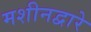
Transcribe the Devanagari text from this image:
मशीनद्वारे